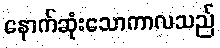
နောက်ဆုံးသောကာလသည်